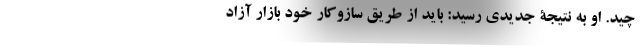
چید. او به نتیجۀ جدیدی رسید: باید از طریق سازوکارِ خود بازار آزاد